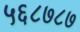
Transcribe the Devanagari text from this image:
५६८७८७